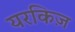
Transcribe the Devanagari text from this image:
यरकिज़